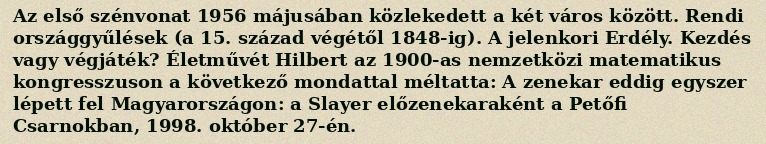
Az első szénvonat 1956 májusában közlekedett a két város között. Rendi országgyűlések (a 15. század végétől 1848-ig). A jelenkori Erdély. Kezdés vagy végjáték? Életművét Hilbert az 1900-as nemzetközi matematikus kongresszuson a következő mondattal méltatta: A zenekar eddig egyszer lépett fel Magyarországon: a Slayer előzenekaraként a Petőfi Csarnokban, 1998. október 27-én.